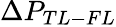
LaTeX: \Delta P_{TL-FL}